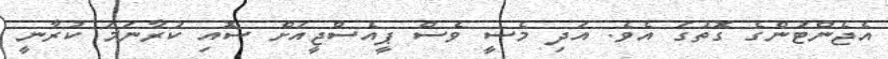
އެޖެންޓުންގެ ގޮތުގަ އެވެ. އަދި މެސީ ވެސް ޕީއެސްޖީއަށް ސޮއި ކުރާނަމަ ކުރާނީ